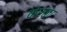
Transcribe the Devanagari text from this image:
केरळा